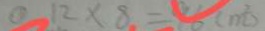
1 2 \times 8 = 9 6 ( m ^ { 2 } )